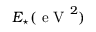
E _ { \star } ( \mathrm { ~ e ~ V ~ } ^ { 2 } )